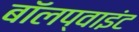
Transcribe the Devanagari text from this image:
बॉलप्वाइंट